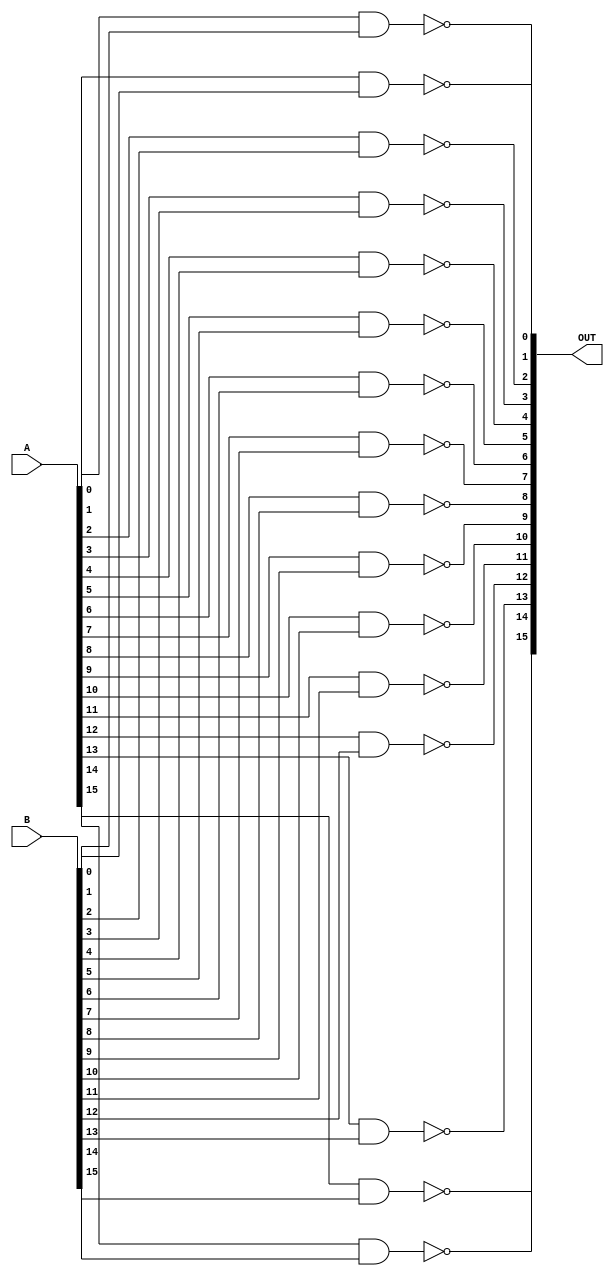
`timescale 1ns / 1ps
//////////////////////////////////////////////////////////////////////////////////
// Company: 
// Engineer: 
// 
// Design Name: 
// Module Name: POS_NAND
// Project Name: 
// Target Devices: 
// Tool Versions: 
// Description: 
// 
// Dependencies: 
// 
// Revision:
// Revision 0.01 - File Created
// Additional Comments:
// 
//////////////////////////////////////////////////////////////////////////////////


module POS_NAND(
output wire[15:0]OUT,
input wire[15:0]A,
input wire[15:0]B
    );
nand nand0(OUT[0],A[0],B[0]);    
nand nand1(OUT[1],A[1],B[1]);  
nand nand2(OUT[2],A[2],B[2]);  
nand nand3(OUT[3],A[3],B[3]);  
nand nand4(OUT[4],A[4],B[4]);    
nand nand5(OUT[5],A[5],B[5]);  
nand nand6(OUT[6],A[6],B[6]);  
nand nand7(OUT[7],A[7],B[7]); 
nand nand8(OUT[8],A[8],B[8]);    
nand nand9(OUT[9],A[9],B[9]);  
nand nand10(OUT[10],A[10],B[10]);  
nand nand11(OUT[11],A[11],B[11]); 
nand nand12(OUT[12],A[12],B[12]);    
nand nand13(OUT[13],A[13],B[13]);  
nand nand14(OUT[14],A[14],B[14]);  
nand nand15(OUT[15],A[15],B[15]); 
endmodule